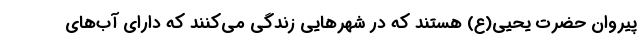
پیروان حضرت یحیی(ع) هستند که در شهرهایی زندگی می‌کنند که دارای آب‌های